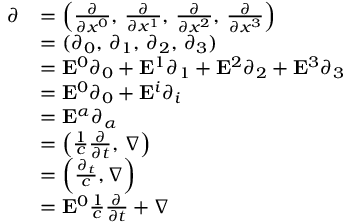
{ \begin{array} { r l } { { \boldsymbol { \partial } } } & { = \left( { \frac { \partial } { \partial x ^ { 0 } } } , \, { \frac { \partial } { \partial x ^ { 1 } } } , \, { \frac { \partial } { \partial x ^ { 2 } } } , \, { \frac { \partial } { \partial x ^ { 3 } } } \right) } \\ & { = ( \partial _ { 0 } , \, \partial _ { 1 } , \, \partial _ { 2 } , \, \partial _ { 3 } ) } \\ & { = \mathbf { E } ^ { 0 } \partial _ { 0 } + \mathbf { E } ^ { 1 } \partial _ { 1 } + \mathbf { E } ^ { 2 } \partial _ { 2 } + \mathbf { E } ^ { 3 } \partial _ { 3 } } \\ & { = \mathbf { E } ^ { 0 } \partial _ { 0 } + \mathbf { E } ^ { i } \partial _ { i } } \\ & { = \mathbf { E } ^ { \alpha } \partial _ { \alpha } } \\ & { = \left( { \frac { 1 } { c } } { \frac { \partial } { \partial t } } , \, \nabla \right) } \\ & { = \left( { \frac { \partial _ { t } } { c } } , \nabla \right) } \\ & { = \mathbf { E } ^ { 0 } { \frac { 1 } { c } } { \frac { \partial } { \partial t } } + \nabla } \end{array} }